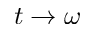
t \rightarrow \omega